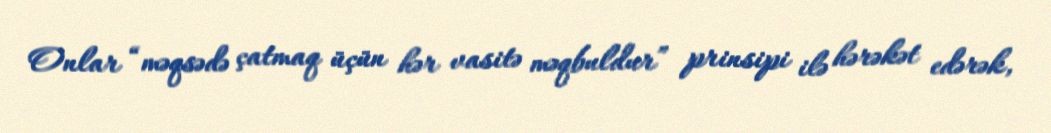
Onlar “məqsədə çatmaq üçün hər vasitə məqbuldur” prinsipi ilə hərəkət edərək,